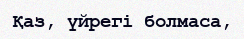
Қаз, үйрегі болмаса,